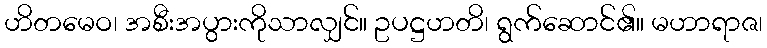
ဟိတမေဝ၊ အစီးအပွားကိုသာလျှင်။ ဥပဋ္ဌဟတိ၊ ရွက်ဆောင်၏။ မဟာရာဇ၊